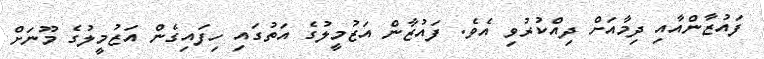
ފައުޒާންއާއި ދިމާއަށް ދިއްކުރުވި އެވެ. ފައުޒާން އަޒުމީލުގެ އަތުގައި ހިފައިގެން އަޒުމީލުގެ މޫނަށް